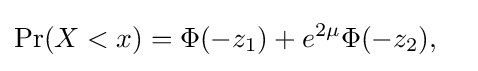
{\begin{aligned}\Pr(X<x)&=\Phi (-z_{1})+e^{2\mu }\Phi (-z_{2}),\end{aligned}}